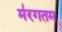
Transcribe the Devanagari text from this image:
म॑रगतम